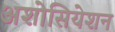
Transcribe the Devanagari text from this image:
अशोसियेशन